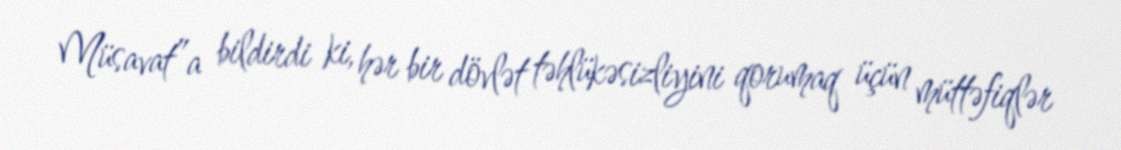
Müsavat”a bildirdi ki, hər bir dövlət təhlükəsizliyini qorumaq üçün müttəfiqlər